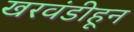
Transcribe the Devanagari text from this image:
खरवंडीहून